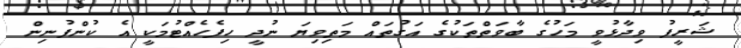
ޝަރީފު ވިދާޅުވީ މަހުގެ ބާވަތްތަކުގެ އަގުތައް މަތިވިޔަ ނުދީ ހިފެހެއްޓުމަކީ އެ ކުންފުނިން